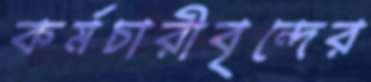
কর্মচারীবৃন্দের